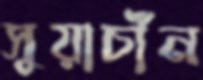
সুয়াচাঁন